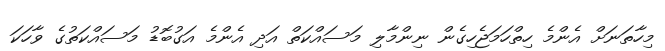
މިހާތަނަށް އެންމެ ހިތްހަމަޖެހިގެން ނިންމާލި މަސައްކަތް އަދި އެންމެ އަގުބޮޑު މަސައްކަތުގެ ވާހަކަ